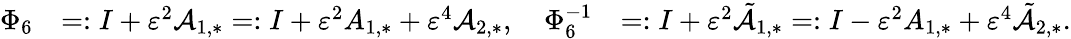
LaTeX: \begin{array}{rlr}{\Phi_{6}}&{=:I+\varepsilon^{2}\mathcal{A}_{1,*}=:I+\varepsilon^{2}A_{1,*}+\varepsilon^{4}\mathcal{A}_{2,*},\quad\Phi_{6}^{-1}}&{=:I+\varepsilon^{2}\tilde{\mathcal{A}}_{1,*}=:I-\varepsilon^{2}A_{1,*}+\varepsilon^{4}\tilde{\mathcal{A}}_{2,*}.}\end{array}